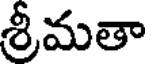
శ్రీమతా